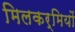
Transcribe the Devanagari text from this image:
मिलकर्मियों